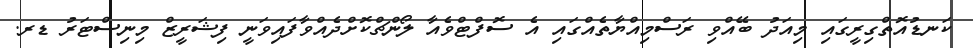
ކަނޑުއޮތްގިރީގައި މިއަދު ބޭއްވި ރަސްމިއްޔާތެއްގައި އެ ސޮފްޓްވެއާ ލޯންޗްކޮށްދެއްވާފައިވަނީ ފިޝަރީޒް މިނިސްޓަރު ޑރ.